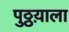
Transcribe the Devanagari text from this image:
पुठ्ठय़ाला